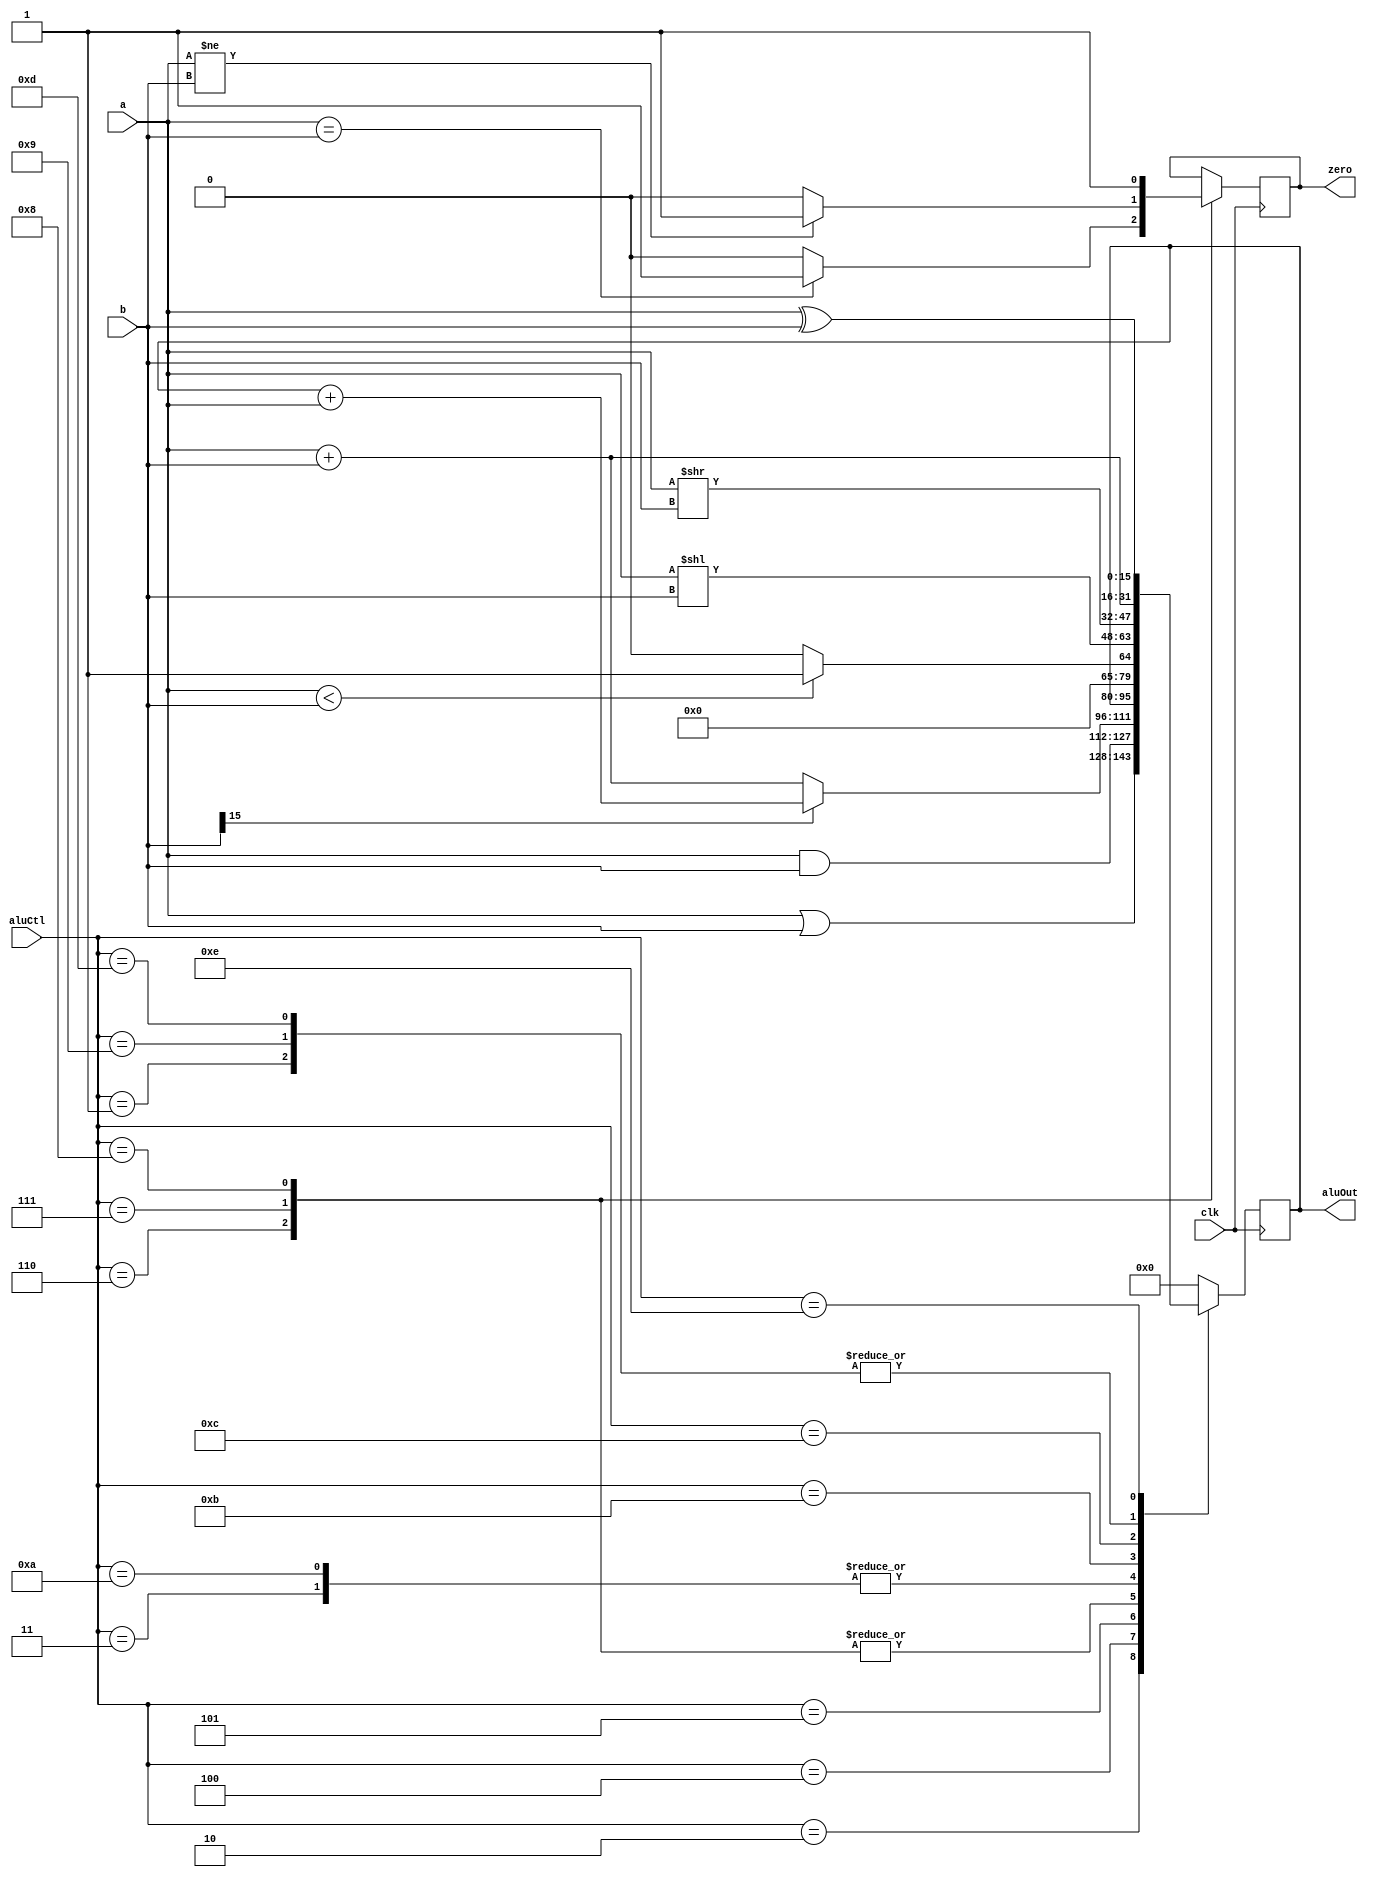
module alu(
	input clk,
	input [15:0] a, 
	input [15:0] b, 
	input [3:0] aluCtl, 
	output reg [15:0] aluOut, 
	output reg zero
	);


	always@(posedge clk)begin
		case(aluCtl)
			4'b0001: aluOut <= a + b;   // ADD
			4'b0010: aluOut <= a | b;   // OR
			4'b0011: if (a < b) 
							begin
								aluOut <= 1;
							end
			         else 
							begin
								aluOut <= 0;
							end
			4'b0100: aluOut <= a & b;
			4'b0101: if (b[15] == 1)
			             begin
							   aluOut <= ~b + 1;
								aluOut <= aluOut + a;
							 end
						else
						    begin
						   	aluOut <= a + b;
							 end
			4'b0110: if (a == b)
                      begin
                         zero <= 1;
                      end
                  else
						    begin
                         zero <= 0;
                      end								 
			4'b0111: if (a != b)
                      begin
                         zero <= 1;
                      end
                  else
						    begin
                         zero <= 0;
                      end	
			4'b1000: zero <= 1;  // jump
			4'b1001: aluOut <= a + b;  // lw
			4'b1010: if (a < b)
			             begin
							   aluOut <= 1;
							 end
						else
						    begin
							   aluOut <= 0;
							 end
			4'b1011: aluOut <= a << b;
			4'b1100: aluOut <= a >> b;
			4'b1101: aluOut <= a + b;
			4'b1110: aluOut <= a ^ b;
			default: aluOut <= 0;
		endcase
	end
endmodule